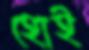
হোই